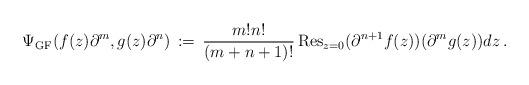
LaTeX: \begin{align*}\Psi_{\mathrm{GF}}(f(z)\partial^m, g(z)\partial^n) \,:=\, \frac{m! n!}{(m+n+1)!} \operatorname{Res}_{z=0}(\partial^{n+1} f(z)) (\partial^m g(z))d z\, .\end{align*}